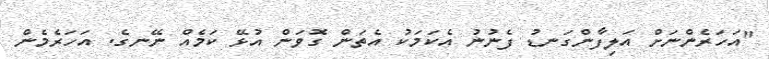
"އަހަރެންނަށް އަލިފާންގަނޑު ފެނުނު އެކަމަކު އެތަން ގޮވަން އުޅޭ ކަމެއް ނޭނގެ. އަހަރެމެން